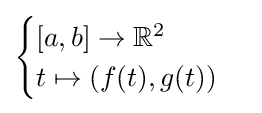
{\begin{cases}[a,b]\to \mathbb {R} ^{2}\\t\mapsto (f(t),g(t))\end{cases}}